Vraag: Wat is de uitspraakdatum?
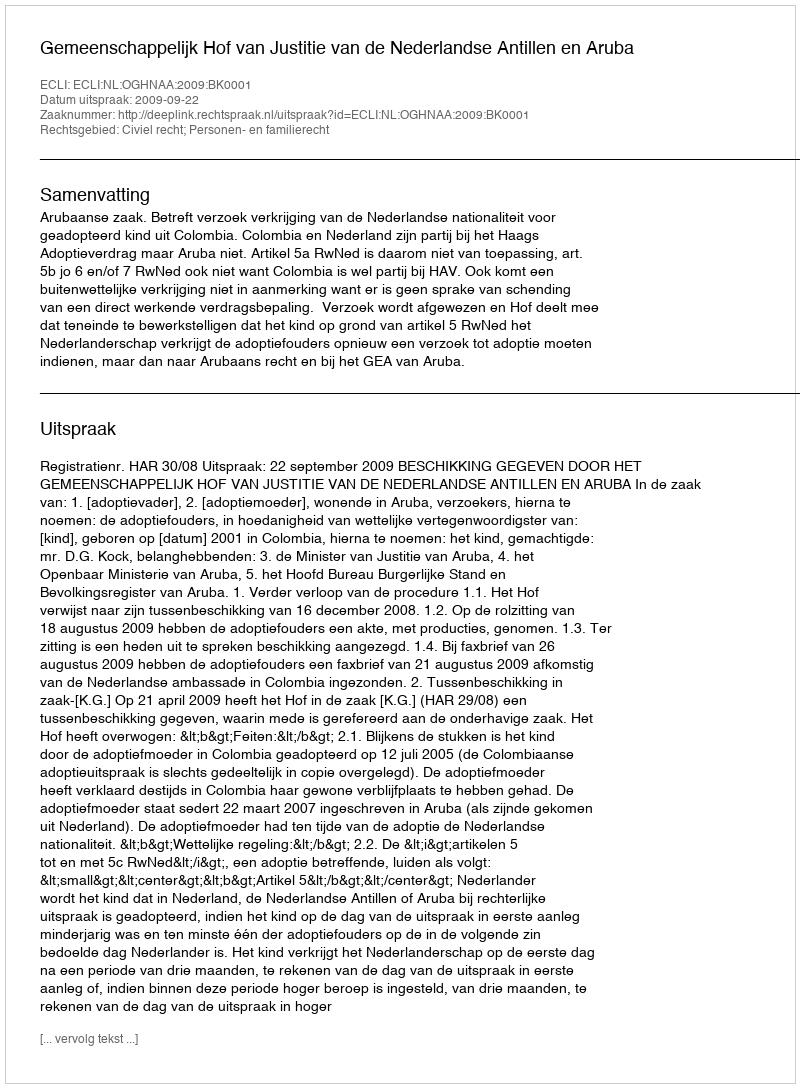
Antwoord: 2009-09-22